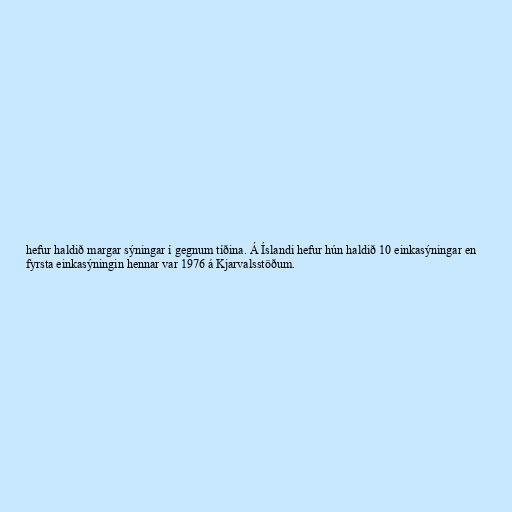
hefur haldið margar sýningar í gegnum tíðina. Á Íslandi hefur hún haldið 10 einkasýningar en
fyrsta einkasýningin hennar var 1976 á Kjarvalsstöðum.